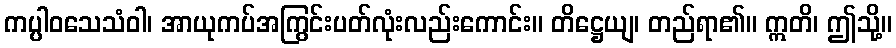
ကပ္ပါဝသေသံဝါ၊ အာယုကပ်အကြွင်းပတ်လုံးလည်းကောင်း။ တိဋ္ဌေယျ၊ တည်ရာ၏။ ဣတိ၊ ဤသို့။